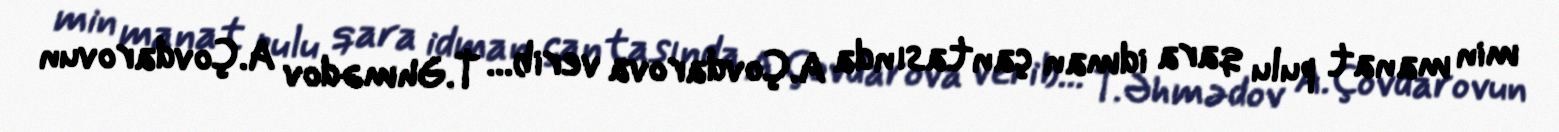
min manat pulu qara idman çantasında A.Çovdarova verib... T.Əhmədov A.Çovdarovun